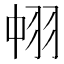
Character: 𮊹